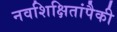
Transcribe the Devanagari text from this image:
नवशिक्षितांपैकी